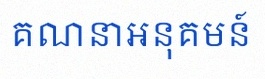
គណនាអនុគមន៍